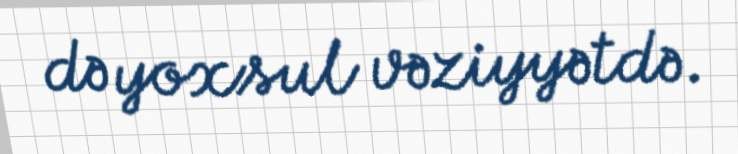
də yoxsul vəziyyətdə.